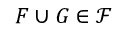
F \cup G \in { \mathcal { F } }